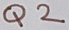
Text: Q2